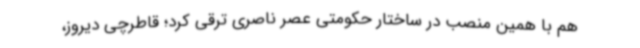
هم با همین منصب در ساختار حکومتی عصر ناصری ترقی کرد؛ قاطرچی دیروز،